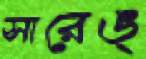
সারেঙ্